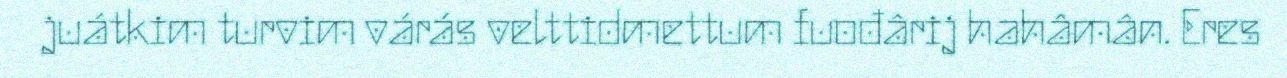
juátkim turvim várás velttidmettum fuođârij hahâmân. Eres